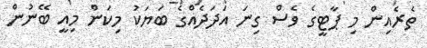
ތެރެއިން މި ޕާޓީގެ ވެސް ގިނަ އަދަދެއްގެ ބަޔަކު މިކަން މިއީ ބޭނުން